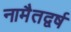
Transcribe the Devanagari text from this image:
नामैतद्वर्ष